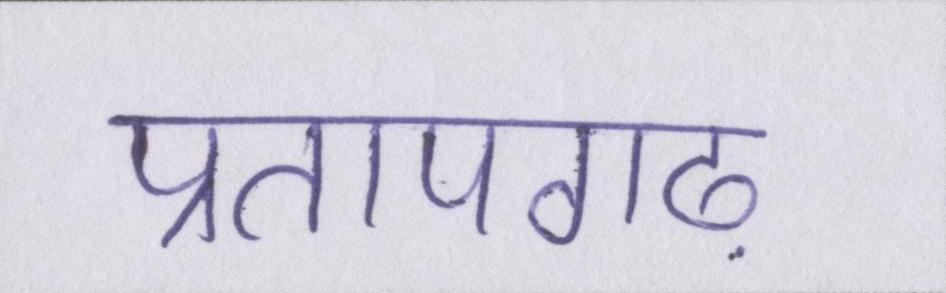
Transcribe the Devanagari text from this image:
प्रतापगढ़